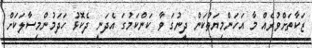
ޒަކާތަށްވުރެއް މާ އަހަންމިޔަތުކަން ދީނުގަ ވާ ކަންކަމުގަ އެދަނީ ދެކޮޅު ހަދަމުންމިސާލަކަށް